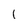
Character: 1